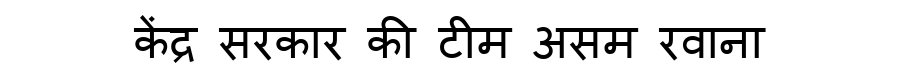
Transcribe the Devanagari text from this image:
केंद्र सरकार की टीम असम रवाना